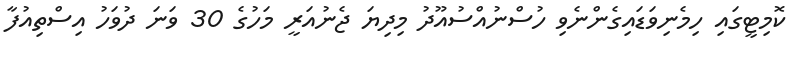
ކޮމިޓީގައި ހިމެނިވަޑައިގެންނެވި ހުސްނުއްސުއޫދު މިދިޔަ ޖެނުއަރީ މަހުގެ 30 ވަނަ ދުވަހު އިސްތިއުފާ